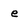
Character: e